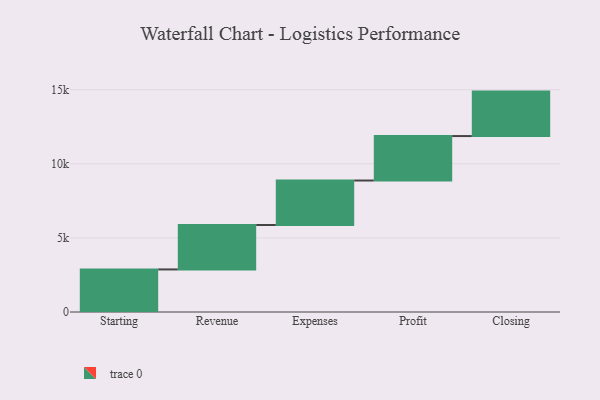
{"axis": {"x": "Step", "y": "Value"}, "legend": [""], "data": [{"x": "Starting", "y": 2872.0, "type": ""}, {"x": "Revenue", "y": 3000, "type": ""}, {"x": "Expenses", "y": 3000, "type": ""}, {"x": "Profit", "y": 3000, "type": ""}, {"x": "Closing", "y": 3000, "type": ""}]}